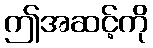
ဤအဆင့်ကို